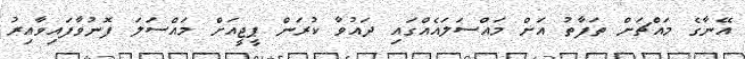
އޭނާގެ މައްޗަށް ތަފާތު އަށް މައްސަލައެއްގައި ދައުވާ ކުރަން ޕީޖީއަށް މައްސަލަ ފޮނުވާފައިވާއިރު